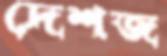
দেশজ